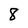
Character: 8